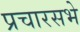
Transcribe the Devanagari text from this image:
प्रचारसभे